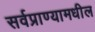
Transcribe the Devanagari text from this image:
सर्वप्राण्यामधील